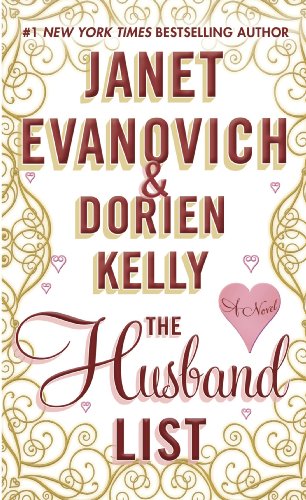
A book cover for The Husband List; Janet Evanovich; Romance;